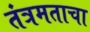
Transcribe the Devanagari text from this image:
तंत्रमताचा